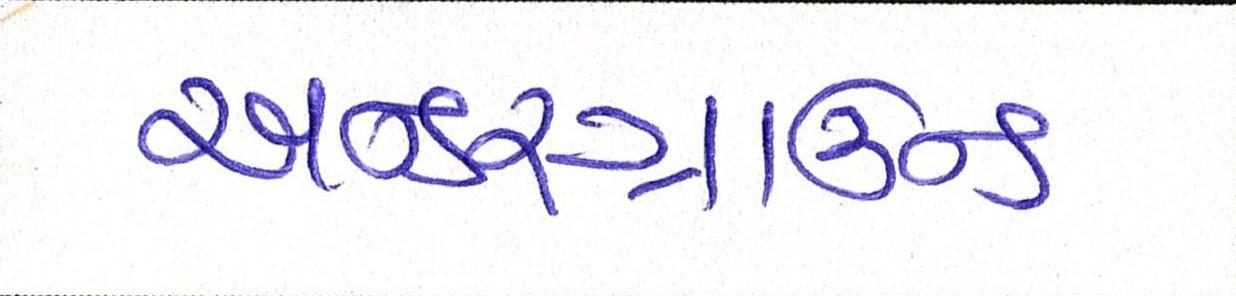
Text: અન્ડરગ્રાઉન્ડ